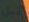
قبل